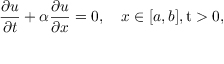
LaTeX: { \frac { \partial u } { \partial t } } + \alpha { \frac { \partial u } { \partial x } } = 0 , \quad x \in [ a , b ] , \operatorname { t } > 0 ,